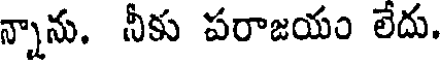
న్నాను. నీకు పరాజయం లేదు.